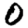
Digit: 0